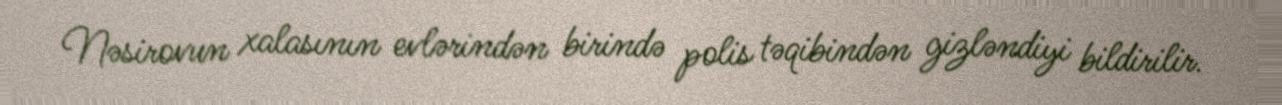
Nəsirovun xalasının evlərindən birində polis təqibindən gizləndiyi bildirilir.